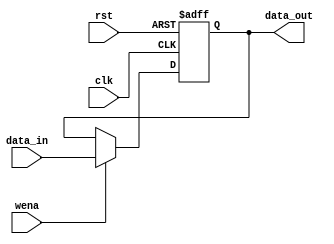
`timescale 1ns / 1ps

module HLreg(
input clk,
input rst,
input wena,
input [31:0]data_in,
output[31:0]data_out
);
reg     [31:0]data;
always @(posedge clk or posedge rst)
    if (rst)
        data <= 32'h00000000;
    else if ( wena)
        data <= data_in;
assign data_out = data;
endmodule